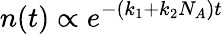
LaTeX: n(t)\propto e^{-(k_{1}+k_{2}N_{A})t}